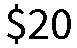
$20